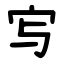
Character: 㝍